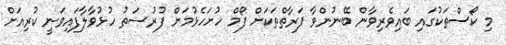
މި ކޯސްތަކުގައި ބައިވެރިވާން ބޭނުންވާ ފަރާތްތަކަށް ފޯމް ހުށަހެޅުމަށް ފުރުސަތު ހުޅުވާލާފައިވަނީ ކުރިއަށް